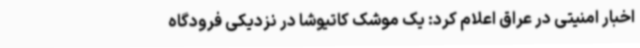
اخبار امنیتی در عراق اعلام کرد: یک موشک کاتیوشا در نزدیکی فرودگاه